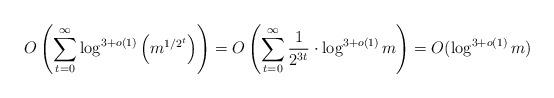
LaTeX: \begin{align*}O\left(\sum_{t=0}^{\infty}{\log^{3+o(1)}\left(m^{1/2^t}\right)}\right)=O\left(\sum_{t=0}^{\infty}{\frac{1}{2^{3t}}}\cdot\log^{3+o(1)}{m}\right)=O(\log^{3+o(1)}{m})\end{align*}